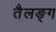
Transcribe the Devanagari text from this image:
तैलङ्ग